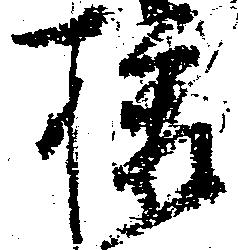
様